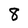
Character: 8